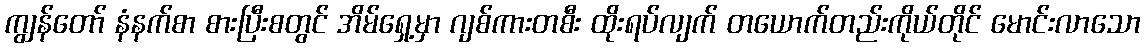
ကျွန်တော် နံနက်စာ စားပြီးစတွင် အိမ်ရှေ့မှာ ဂျစ်ကားတစီး ထိုးရပ်လျက် တယောက်တည်းကိုယ်တိုင် မောင်းလာသော